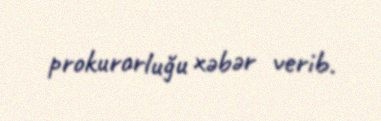
prokurorluğu xəbər verib.